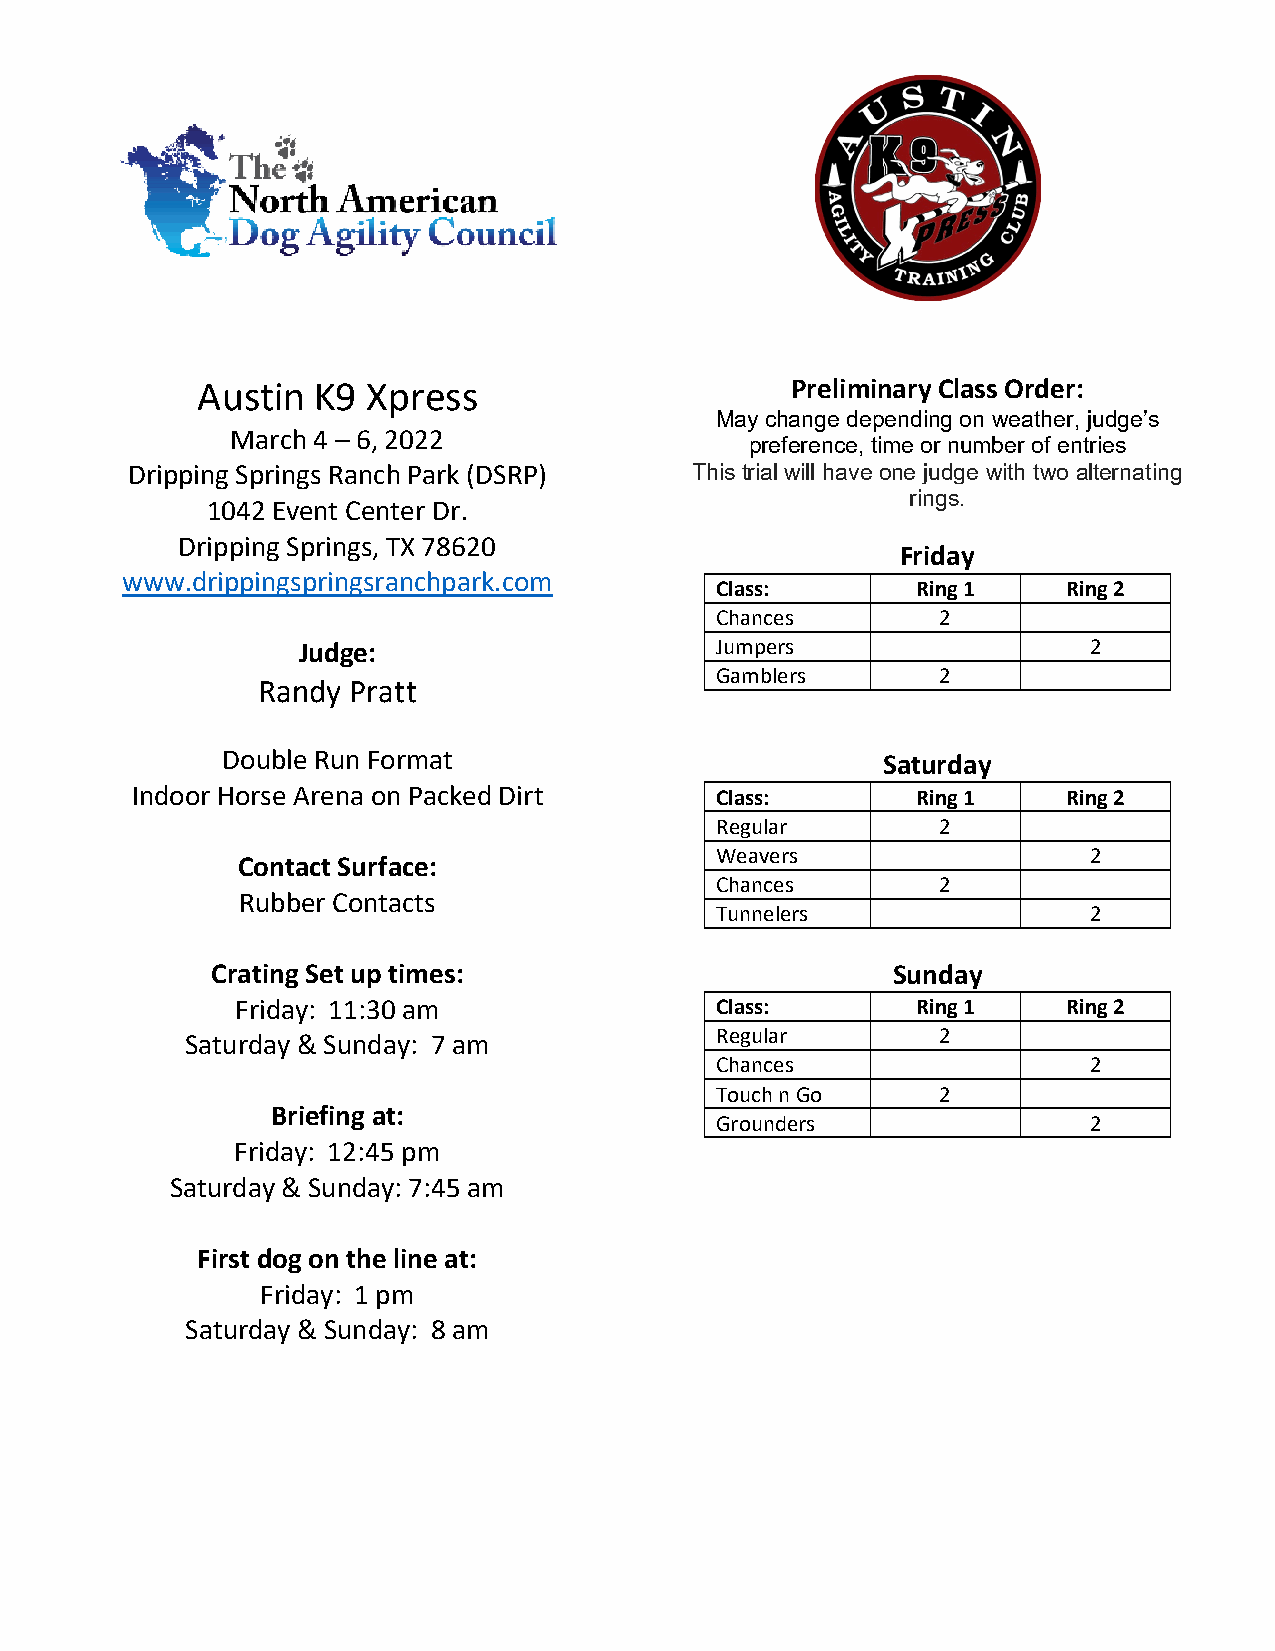
Austin  K9 Xpress                      Preliminary Class Order:
 May change depending on weather, judge’s
 March 4 – 6, 2022
 preference, time or number of entries
 Dripping Springs Ranch Park (DSRP)    This trial will have one judge with two alternating
 rings.
 1042 Event Center Dr.
 Dripping Springs, TX 78620
 Friday
 www.drippingspringsranchpark.com
 Class:        Ring 1    Ring 2
 Chances        2
 Judge:                     Jumpers                  2
 Gamblers       2
 Randy Pratt
 Double Run Format                          Saturday
 Indoor Horse Arena on Packed Dirt     Class:        Ring 1    Ring 2
 Regular        2
 Weavers                  2
 Contact Surface:
 Chances        2
 Rubber Contacts
 Tunnelers                2
 Crating Set up times:                        Sunday
 Friday: 11:30 am               Class:        Ring 1    Ring 2
 Regular        2
 Saturday & Sunday: 7 am
 Chances                  2
 Touch n Go     2
 Briefing at:
 Grounders                2
 Friday: 12:45 pm
 Saturday & Sunday: 7:45 am
 First dog on the line at:
 Friday: 1 pm
 Saturday & Sunday: 8 am